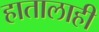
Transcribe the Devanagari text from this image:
हातालाही